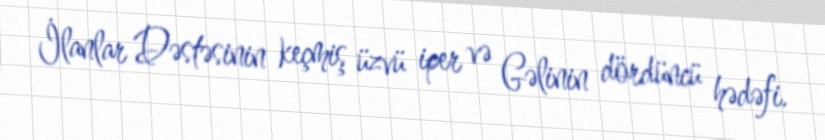
İlanlar Dəstəsinin keçmiş üzvü iper və Gəlinin dördüncü hədəfi.